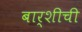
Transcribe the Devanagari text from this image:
बार्शीची